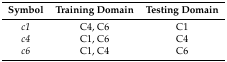
<table><thead><tr><td><b>Symbol</b></td><td><b>Training Domain</b></td><td><b>Testing Domain</b></td></tr></thead><tbody><tr><td><i>c1</i></td><td>C4, C6</td><td>C1</td></tr><tr><td><i>c4</i></td><td>C1, C6</td><td>C4</td></tr><tr><td><i>c6</i></td><td>C1, C4</td><td>C6</td></tr></tbody></table>